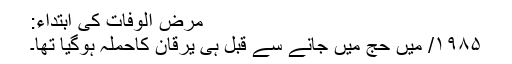
مرض الوفات کی ابتداء:
۱۹۸۵/ میں حج میں جانے سے قبل ہی یرقان کاحملہ ہوگیا تھا۔